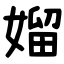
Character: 媹